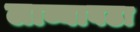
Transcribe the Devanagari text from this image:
लाव्यावढा